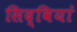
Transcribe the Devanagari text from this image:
सिद्वियां